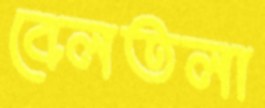
বেলতলা